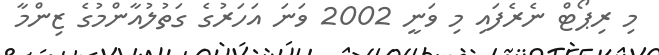
މި ރިޕޯޓް ނެރެފައި މި ވަނީ 2002 ވަނަ އަހަރުގެ ގަތުލުއާންމުގެ ޒިންމާ